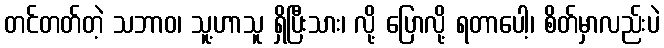
တင်တတ်တဲ့ သဘာဝ၊ သူ့ဟာသူ ရှိပြီးသား၊ လို့ ပြောလို့ ရတာပေါ့၊ စိတ်မှာလည်းပဲ